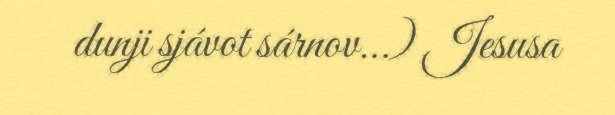
dunji sjávot sárnov…) Jesusa